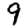
Digit: 9